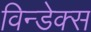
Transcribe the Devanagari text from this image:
विन्डेक्स